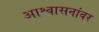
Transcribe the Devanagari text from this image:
आश्वासनांवर